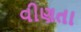
વીણતા